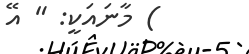
) މާނައަކީ: " އޭ